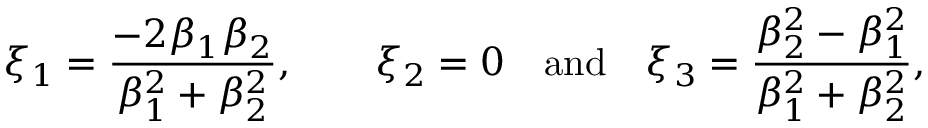
\xi _ { 1 } = \frac { - 2 \beta _ { 1 } \beta _ { 2 } } { \beta _ { 1 } ^ { 2 } + \beta _ { 2 } ^ { 2 } } , \qquad \xi _ { 2 } = 0 \quad \mathrm { a n d \quad } \xi _ { 3 } = \frac { \beta _ { 2 } ^ { 2 } - \beta _ { 1 } ^ { 2 } } { \beta _ { 1 } ^ { 2 } + \beta _ { 2 } ^ { 2 } } ,